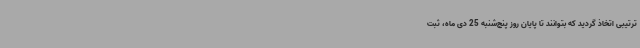
ترتیبی اتخاذ گردید که بتوانند تا پایان روز پنج‌شنبه 25 دی ماه، ثبت